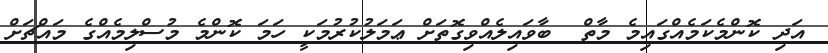
އަދި ކޮންމެކަމެއްގައިމެ މާތް  ބާވައިލެއްވިގޮތަށް ޢަމަލުކުރުމަކީ ހަމަ ކޮންމެ މުސްލިމެއްގެ މައްޗަށް